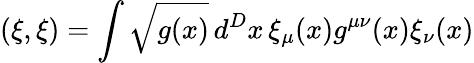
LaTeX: (\xi,\xi)=\int\sqrt{g(x)}\, d^{D}x\, \xi_{\mu}(x)g^{\mu\nu}(x)\xi_{\nu}(x)